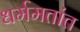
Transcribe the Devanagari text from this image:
धर्ममतांत